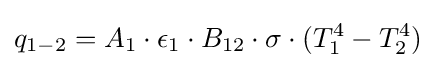
q_{1-2}=A_{1}\cdot \epsilon _{1}\cdot B_{12}\cdot \sigma \cdot (T_{1}^{4}-T_{2}^{4})